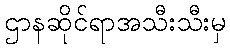
ဌာနဆိုင်ရာအသီးသီးမှ